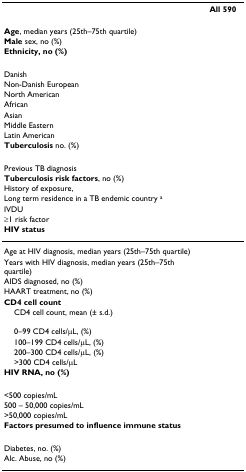
<table><thead><tr><td>[EMPTY_CELL]</td><td><b>All 590</b></td></tr></thead><tbody><tr><td><b>Age</b>, median years (25th–75th quartile)</td><td>[EMPTY_CELL]</td></tr><tr><td><b>Male </b>sex, no (%)</td><td>[EMPTY_CELL]</td></tr><tr><td><b>Ethnicity, no (%)</b></td><td>[EMPTY_CELL]</td></tr><tr><td>Danish</td><td>[EMPTY_CELL]</td></tr><tr><td>Non-Danish European</td><td>[EMPTY_CELL]</td></tr><tr><td>North American</td><td>[EMPTY_CELL]</td></tr><tr><td>African</td><td>[EMPTY_CELL]</td></tr><tr><td>Asian</td><td>[EMPTY_CELL]</td></tr><tr><td>Middle Eastern</td><td>[EMPTY_CELL]</td></tr><tr><td>Latin American</td><td>[EMPTY_CELL]</td></tr><tr><td><b>Tuberculosis </b>no. (%)</td><td>[EMPTY_CELL]</td></tr><tr><td>Previous TB diagnosis</td><td>[EMPTY_CELL]</td></tr><tr><td><b>Tuberculosis risk factors</b>, no (%)</td><td>[EMPTY_CELL]</td></tr><tr><td>History of exposure,</td><td>[EMPTY_CELL]</td></tr><tr><td>Long term residence in a TB endemic country <sup>a</sup></td><td>[EMPTY_CELL]</td></tr><tr><td>IVDU</td><td>[EMPTY_CELL]</td></tr><tr><td>≥1 risk factor</td><td>[EMPTY_CELL]</td></tr><tr><td><b>HIV status</b></td><td>[EMPTY_CELL]</td></tr><tr><td>Age at HIV diagnosis, median years (25th–75th quartile)</td><td>[EMPTY_CELL]</td></tr><tr><td>Years with HIV diagnosis, median years (25th–75th quartile)</td><td>[EMPTY_CELL]</td></tr><tr><td>AIDS diagnosed, no (%)</td><td>[EMPTY_CELL]</td></tr><tr><td>HAART treatment, no (%)</td><td>[EMPTY_CELL]</td></tr><tr><td><b>CD4 cell count</b></td><td>[EMPTY_CELL]</td></tr><tr><td> CD4 cell count, mean (± s.d.)</td><td>[EMPTY_CELL]</td></tr><tr><td> 0–99 CD4 cells/μL, (%)</td><td>[EMPTY_CELL]</td></tr><tr><td> 100–199 CD4 cells/μL, (%)</td><td>[EMPTY_CELL]</td></tr><tr><td> 200–300 CD4 cells/μL, (%)</td><td>[EMPTY_CELL]</td></tr><tr><td> &gt;300 CD4 cells/μL</td><td>[EMPTY_CELL]</td></tr><tr><td><b>HIV RNA, no (%)</b></td><td>[EMPTY_CELL]</td></tr><tr><td>&lt;500 copies/mL</td><td>[EMPTY_CELL]</td></tr><tr><td>500 – 50,000 copies/mL</td><td>[EMPTY_CELL]</td></tr><tr><td>&gt;50,000 copies/mL</td><td>[EMPTY_CELL]</td></tr><tr><td><b>Factors presumed to influence immune status</b></td><td>[EMPTY_CELL]</td></tr><tr><td>Diabetes, no. (%)</td><td>[EMPTY_CELL]</td></tr><tr><td>Alc. Abuse, no (%)</td><td>[EMPTY_CELL]</td></tr></tbody></table>